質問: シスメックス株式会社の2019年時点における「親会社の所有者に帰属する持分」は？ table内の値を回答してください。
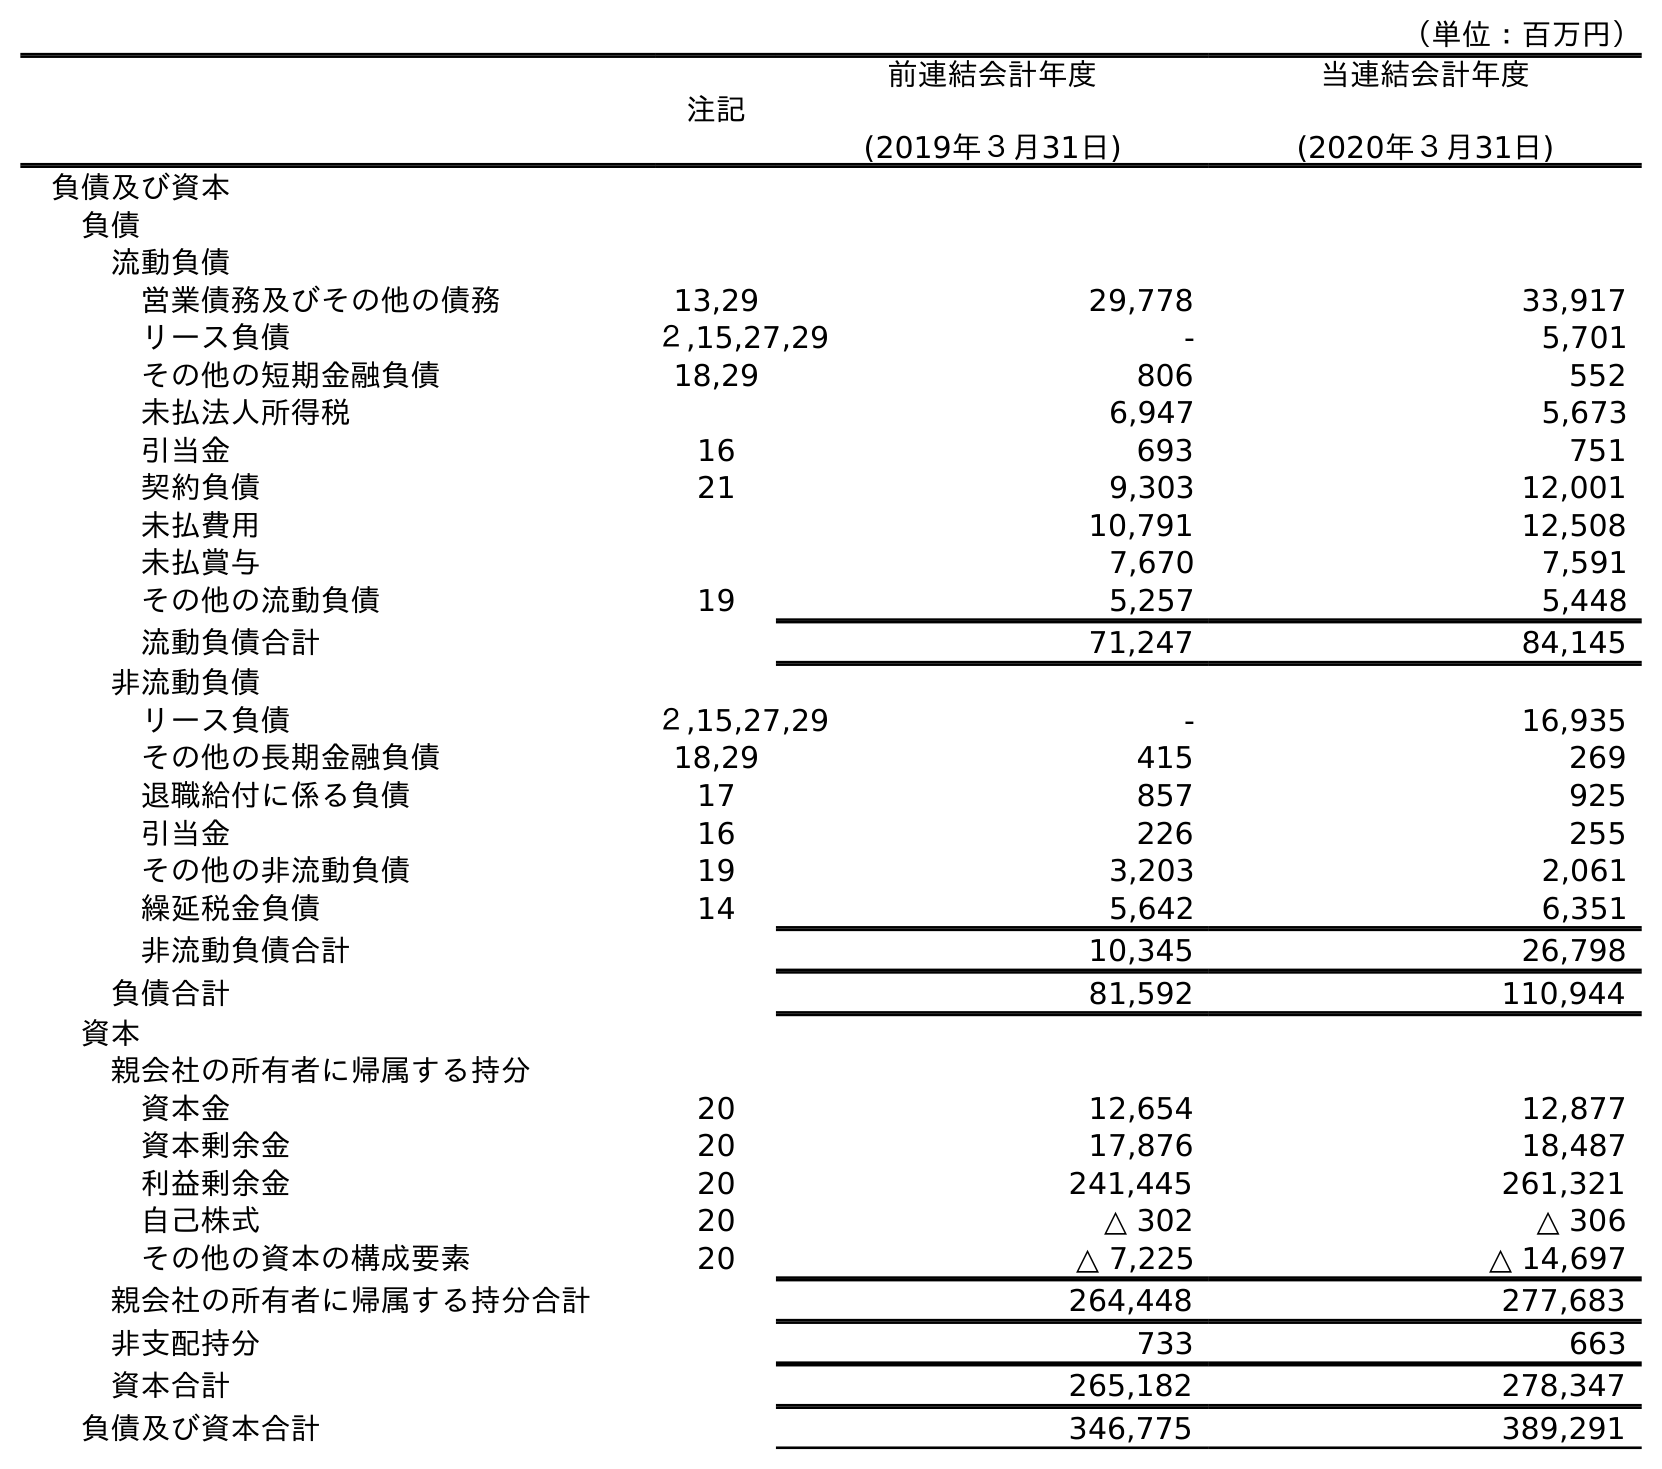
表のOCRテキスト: （単位：百万円） 注記 前連結会計年度 (2019年３月31日) 当連結会計年度 (2020年３月31日) 負債及び資本 負債 流動負債 営業債務及びその他の債務 13,29 29,778 33,917 リース負債 ２,15,27,29 - 5,701 その他の短期金融負債 18,29 806 552 未払法人所得税 6,947 5,673 引当金 16 693 751 契約負債 21 9,303 12,001 未払費用 10,791 12,508 未払賞与 7,670 7,591 その他の流動負債 19 5,257 5,448 流動負債合計 71,247 84,145 非流動負債 リース負債 ２,15,27,29 - 16,935 その他の長期金融負債 18,29 415 269 退職給付に係る負債 17 857 925 引当金 16 226 255 その他の非流動負債 19 3,203 2,061 繰延税金負債 14 5,642 6,351 非流動負債合計 10,345 26,798 負債合計 81,592 110,944 資本 親会社の所有者に帰属する持分 資本金 20 12,654 12,877 資本剰余金 20 17,876 18,487 利益剰余金 20 241,445 261,321 自己株式 20 △ 302 △ 306 その他の資本の構成要素 20 △ 7,225 △ 14,697 親会社の所有者に帰属する持分合計 264,448 277,683 非支配持分 733 663 資本合計 265,182 278,347 負債及び資本合計 346,775 389,291
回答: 264,448